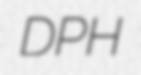
DPH